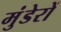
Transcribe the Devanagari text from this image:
मुंडेरों